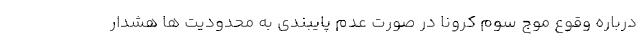
درباره وقوع موج سوم کرونا در صورت عدم پایبندی به محدودیت ها هشدار